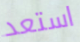
استعد